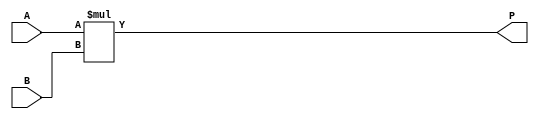
module multiplier (A, B, P);
    input [3:0] A, B;
    output reg [7:0] P; 
    
    always @(*) begin
        P = A * B;
    end
endmodule